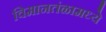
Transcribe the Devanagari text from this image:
विमानतंळामध्ये